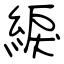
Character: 綟